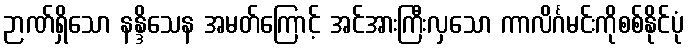
ဉာဏ်ရှိသော နန္ဒိသေန အမတ်ကြောင့် အင်အားကြီးလှသော ကာလိင်္ဂမင်းကိုစစ်နိုင်ပုံ